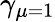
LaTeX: \gamma_{\mu=1}